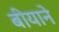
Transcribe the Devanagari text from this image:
बीयाने